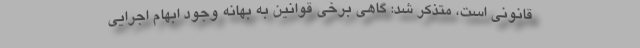
قانونی است، متذکر شد: گاهی برخی قوانین به بهانه وجود ابهام اجرایی